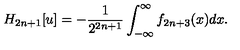
H _ { 2 n + 1 } [ u ] = - { \frac { 1 } { 2 ^ { 2 n + 1 } } } \int _ { - \infty } ^ { \infty } f _ { 2 n + 3 } ( x ) d x .